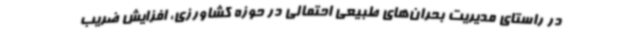
در راستای مدیریت بحران‌های طبیعی احتمالی در حوزه کشاورزی، افزایش ضریب